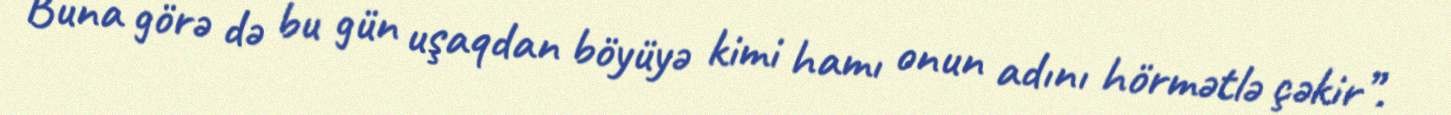
Buna görə də bu gün uşaqdan böyüyə kimi hamı onun adını hörmətlə çəkir”.